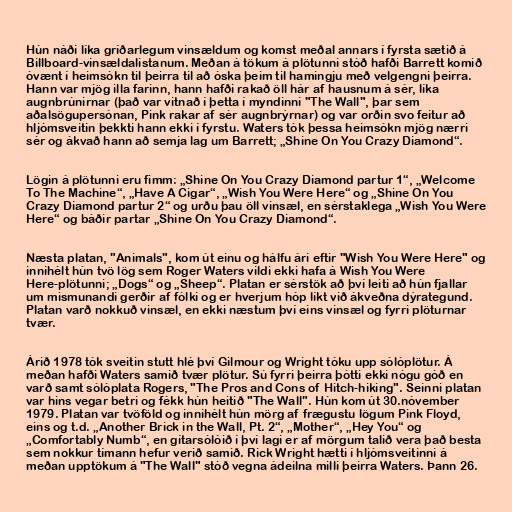
Hún náði líka gríðarlegum vinsældum og komst meðal annars í fyrsta sætið á
Billboard-vinsældalistanum. Meðan á tökum á plötunni stóð hafði Barrett komið
óvænt í heimsókn til þeirra til að óska þeim til hamingju með velgengni þeirra.
Hann var mjög illa farinn, hann hafði rakað öll hár af hausnum á sér, líka
augnbrúnirnar (það var vitnað í þetta í myndinni "The Wall", þar sem
aðalsögupersónan, Pink rakar af sér augnbrýrnar) og var orðin svo feitur að
hljómsveitin þekkti hann ekki í fyrstu. Waters tók þessa heimsókn mjög nærri
sér og ákvað hann að semja lag um Barrett; „Shine On You Crazy Diamond“.

Lögin á plötunni eru fimm: „Shine On You Crazy Diamond partur 1“, „Welcome
To The Machine“, „Have A Cigar“, „Wish You Were Here“ og „Shine On You
Crazy Diamond partur 2“ og urðu þau öll vinsæl, en sérstaklega „Wish You Were
Here“ og báðir partar „Shine On You Crazy Diamond“.

Næsta platan, "Animals", kom út einu og hálfu ári eftir "Wish You Were Here" og
innihélt hún tvö lög sem Roger Waters vildi ekki hafa á Wish You Were
Here-plötunni; „Dogs“ og „Sheep“. Platan er sérstök að því leiti að hún fjallar
um mismunandi gerðir af fólki og er hverjum hóp líkt við ákveðna dýrategund.
Platan varð nokkuð vinsæl, en ekki næstum því eins vinsæl og fyrri plöturnar
tvær.

Árið 1978 tók sveitin stutt hlé því Gilmour og Wright tóku upp sólóplötur. Á
meðan hafði Waters samið tvær plötur. Sú fyrri þeirra þótti ekki nógu góð en
varð samt sólóplata Rogers, "The Pros and Cons of Hitch-hiking". Seinni platan
var hins vegar betri og fékk hún heitið "The Wall". Hún kom út 30.nóvember
1979. Platan var tvöföld og innihélt hún mörg af frægustu lögum Pink Floyd,
eins og t.d. „Another Brick in the Wall, Pt. 2“, „Mother“, „Hey You“ og
„Comfortably Numb“, en gítarsólóið í því lagi er af mörgum talið vera það besta
sem nokkur tímann hefur verið samið. Rick Wright hætti í hljómsveitinni á
meðan upptökum á "The Wall" stóð vegna ádeilna milli þeirra Waters. Þann 26.